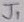
Text: J1